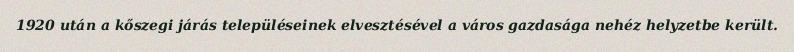
1920 után a kőszegi járás településeinek elvesztésével a város gazdasága nehéz helyzetbe került.